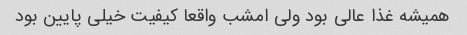
همیشه غذا عالی بود ولی امشب واقعا کیفیت خیلی پایین بود